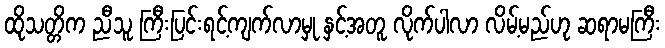
ထိုသတ္တိက ညီသူ ကြီးပြင်းရင့်ကျက်လာမှု နှင့်အတူ လိုက်ပါလာ လိမ့်မည်ဟု ဆရာမကြီး